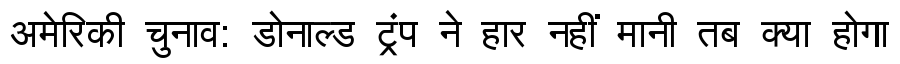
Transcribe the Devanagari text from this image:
अमेरिकी चुनाव: डोनाल्ड ट्रंप ने हार नहीं मानी तब क्या होगा